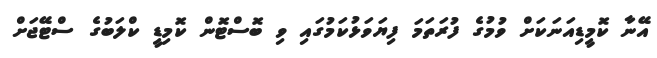
އޭނާ ކޮމީޑިއަނަކަށް ވުމުގެ ފުރަތަމަ ފިޔަވަޅުކަމުގައި ވި ބޮސްޓޮން ކޮމިޑީ ކްލަބުގެ ސްޓޭޖަށް